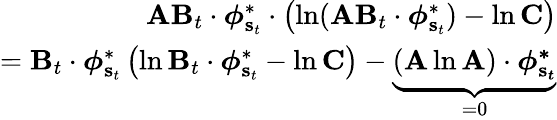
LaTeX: \begin{array}{r}{\mathbf{A}\mathbf{B}_{t}\cdot\boldsymbol{\phi}_{\mathbf{s}_{t}}^{*}\cdot\left(\ln(\mathbf{A}\mathbf{B}_{t}\cdot\boldsymbol{\phi}_{\mathbf{s}_{t}}^{*})-\ln\mathbf{C}\right)}\\ {=\mathbf{B}_{t}\cdot\boldsymbol{\phi}_{\mathbf{s}_{t}}^{*}\left(\ln\mathbf{B}_{t}\cdot\boldsymbol{\phi}_{\mathbf{s}_{t}}^{*}-\ln\mathbf{C}\right)-\underbrace{(\mathbf{A}\ln\mathbf{A})\cdot\boldsymbol{\phi_{\mathbf{s}_{t}}^{*}}}_{=0}}\end{array}